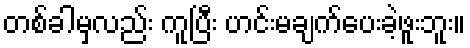
တစ်ခါမှလည်း ကူပြီး ဟင်းမချက်ပေးခဲ့ဖူးဘူး။